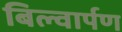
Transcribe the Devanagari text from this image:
बिल्वार्पण